Vaccination United Provinces of Agra and Oudh 1902-1913 - 1902-1913
Year: 1902
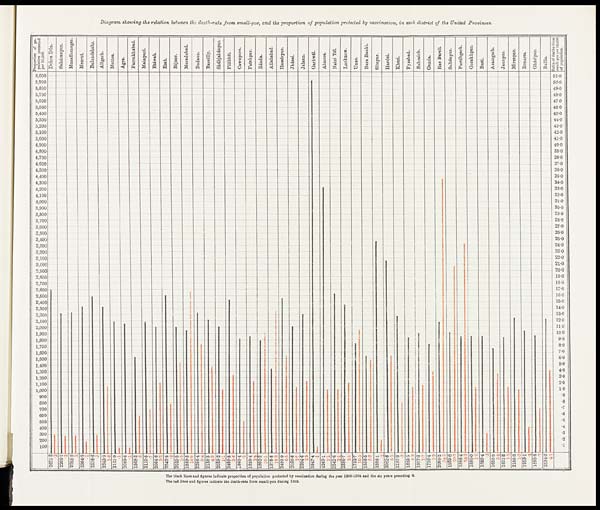
Diagram showing the relation between the death-rate from small-pox, and the proportion of population protected by vaccination, in each district of the United Provinces.
The black lines and figures indicate proportion of population protected by vaccination during the year 1903-1904 and the six years preceding it.
The red lines and figures indicate the death-rate from small-pox during 1903.